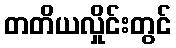
တတိယလှိုင်းတွင်